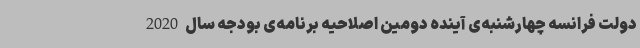
دولت فرانسه چهارشنبه‌ی آینده دومین اصلاحیه برنامه‌ی بودجه سال 2020